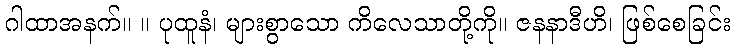
ဂါထာအနက်။ ။ ပုထူနံ၊ များစွာသော ကိလေသာတို့ကို။ ဇနနာဒီဟိ၊ ဖြစ်စေခြင်း